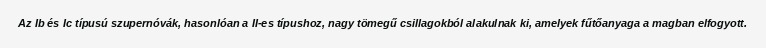
Az Ib és Ic típusú szupernóvák, hasonlóan a II-es típushoz, nagy tömegű csillagokból alakulnak ki, amelyek fűtőanyaga a magban elfogyott.